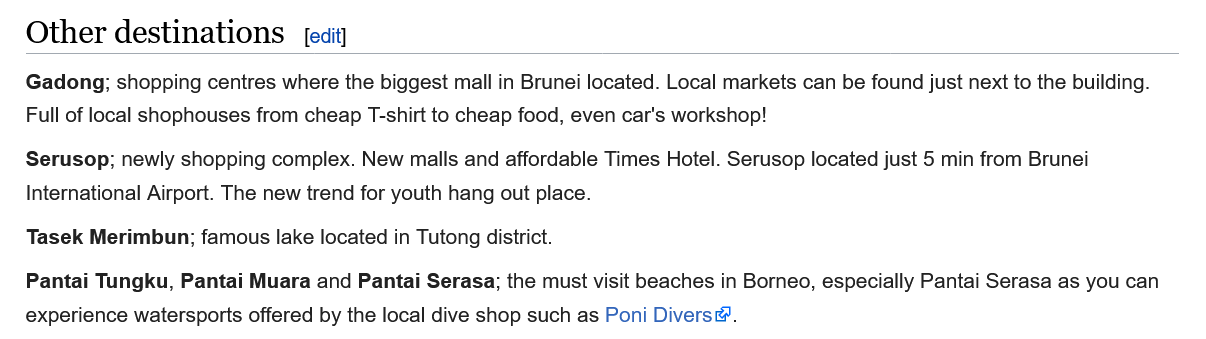
Other   destinations
   Gadong; shopping centres where the biggest mall in Brunei located. Local markets can be found just next to the building.
   Full of local shonhouses from cheap T-shirt to chean food even car's workshon!
     ewly shopping complex. New malls and affordable Times Hotel. Serusop located just 5 min from Brunei
   International Airport. The new trend for youth hang out place.
   Tasek Merimbun; famous lake located in Tutong district.
   Pantai Tungku, Pantai Muara and Pantai Serasa; the must visit beaches in Borneo, especially Pantai Serasa as you cé
   experience watersports offered by the local dive shop such as Poni Divers®.
     [edit]